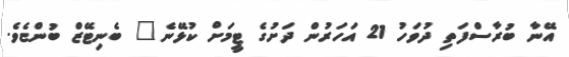
އޭނާ ބުރާސްފަތި ދުވަހު 21 އަހަރުން ދަށުގެ ޓީމަށް ކުޅޭނެ" ބެނިޓޭޒް ބުންޏެވެ.